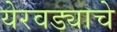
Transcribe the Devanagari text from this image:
येरवड्याचे